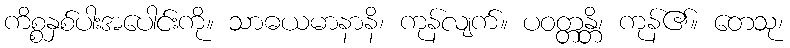
ကိစ္စနှစ်ပါးအပေါင်းကို။ သာဓယမာနာနိ၊ ကုန်လျက်။ ပဝတ္တန္တိ၊ ကုန်၏။ တေသု၊